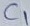
Text: C1